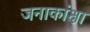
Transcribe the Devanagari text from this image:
जनाकांक्षा